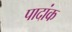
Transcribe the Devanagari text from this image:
पादांक